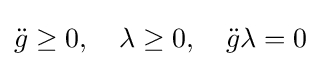
{\ddot {g}}\geq 0,\quad \lambda \geq 0,\quad {\ddot {g}}\lambda =0